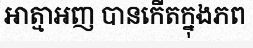
អាត្មាអញ បានកើតក្នុងភព